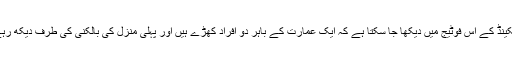
17 سکینڈ کے اس فوٹیج میں دیکھا جا سکتا ہے کہ ایک عمارت کے باہر دو افراد کھڑے ہیں اور پہلی منزل کی بالکنی کی طرف دیکھ رہے ہیں۔